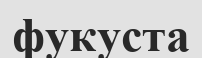
фукуста